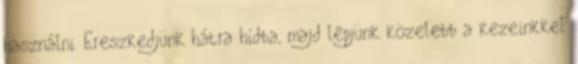
használni. Ereszkedjünk hátra hídba, majd lépjünk közelebb a kezeinkkel